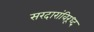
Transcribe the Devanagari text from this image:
सरदारांविरूध्द